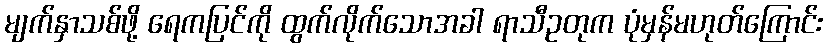
မျက်နှာသစ်ဖို့ ရေကပြင်ကို ထွက်လိုက်သောအခါ ရာသီဥတုက ပုံမှန်မဟုတ်ကြောင်း